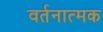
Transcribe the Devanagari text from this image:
वर्तनात्मक